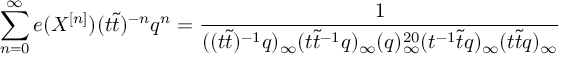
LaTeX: \sum _ { n = 0 } ^ { \infty } e ( X ^ { [ n ] } ) ( t \tilde { t } ) ^ { - n } q ^ { n } = \frac { 1 } { ( ( t \tilde { t } ) ^ { - 1 } q ) _ { \infty } ( t \tilde { t } ^ { - 1 } q ) _ { \infty } ( q ) _ { \infty } ^ { 2 0 } ( t ^ { - 1 } \tilde { t } q ) _ { \infty } ( t \tilde { t } q ) _ { \infty } }